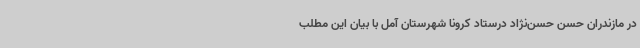
در مازندران حسن حسن‌نژاد درستاد کرونا شهرستان آمل با بیان این مطلب